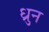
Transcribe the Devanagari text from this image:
ध्रुन